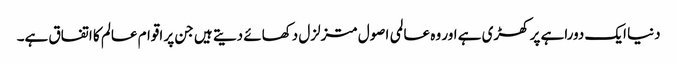
دنیا ایک دوراہے پر کھڑی ہے اور وہ عالمی اصول متزلزل دکھائے دیتے ہیں جن پر اقوام عالم کا اتفاق ہے۔